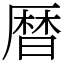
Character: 暦